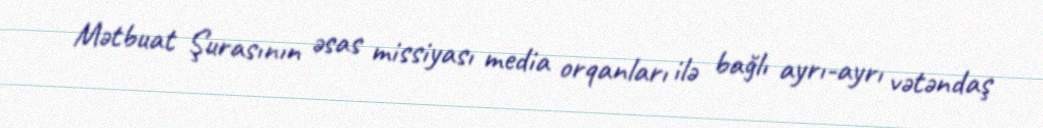
Mətbuat Şurasının əsas missiyası media orqanları ilə bağlı ayrı-ayrı vətəndaş